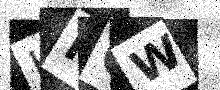
Text: KMGW